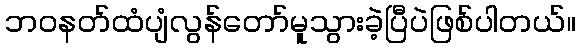
ဘဝနတ်ထံပျံလွန်တော်မူသွားခဲ့ပြီပဲဖြစ်ပါတယ်။